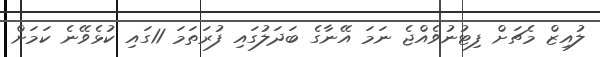
ލުއިޒް މެޗަށް ފިޓުނުވެއްޖެ ނަމަ އޭނާގެ ބަދަލުގައި ފުރަތަމަ 11ގައި ކުޅެވޭނެ ކަމަށް